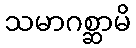
သမာဂစ္ဆာမိ